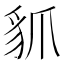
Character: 䝖